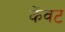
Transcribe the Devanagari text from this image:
केंवट